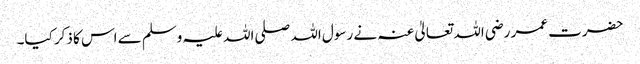
حضرت عمر رضی اللہ تعالیٰ عنہ نے رسول اللہ صلی اللہ علیہ وسلم سے اس کا ذکر کیا۔